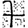
Digit: 7